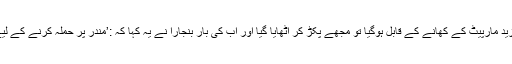
جیسے ہی مَیں بات چیت کرنے اور مزید مارپیٹ کے کھانے کے قابل ہوگیا تو مجھے پکڑ کر اٹھایا گیا اور اب کی بار بنجارا نے یہ کہا کہ :’مندر پر حملہ کرنے کے لیے تو نے حیدرآباد سے کسے بلایا تھا؟